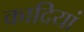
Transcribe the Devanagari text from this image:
कादियां